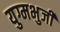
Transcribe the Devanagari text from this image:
युग्मभुजी